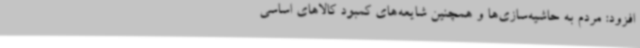
افزود: مردم به حاشیه‌سازی‌ها و همچنین شایعه‌های کمبود کالاهای اساسی